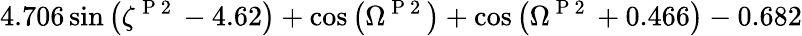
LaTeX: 4.706\sin{\left(\zeta^{\mathrm{~P~2~}}-4.62\right)}+\cos{\left(\Omega^{\mathrm{~P~2~}}\right)}+\cos{\left(\Omega^{\mathrm{~P~2~}}+0.466\right)}-0.682